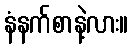
နံနက်စာနဲ့လား။